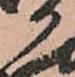
か